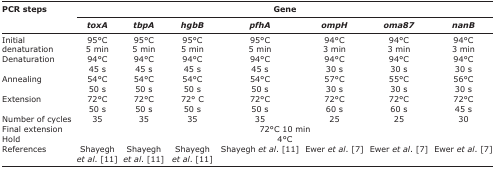
<table><thead><tr><td rowspan="3"><b>PCR steps</b></td><td colspan="7"><b>Gene</b></td></tr><tr><td><b><i>toxA</i></b></td><td><b><i>tbpA</i></b></td><td><b><i>hgbB</i></b></td><td><b><i>pfhA</i></b></td><td><b><i>ompH</i></b></td><td><b><i>oma87</i></b></td><td><b><i>nanB</i></b></td></tr></thead><tbody><tr><td>Initial denaturation</td><td>95°C 5 min</td><td>95°C 5 min</td><td>95°C 5 min</td><td>95°C 5 min</td><td>94°C 3 min</td><td>94°C 3 min</td><td>94°C 3 min</td></tr><tr><td>Denaturation</td><td>94°C 45 s</td><td>94°C 45 s</td><td>94°C 45 s</td><td>94°C 45 s</td><td>94°C 30 s</td><td>94°C 30 s</td><td>94°C 30 s</td></tr><tr><td>Annealing</td><td>54°C 50 s</td><td>54°C 50 s</td><td>54°C 50 s</td><td>54°C 50 s</td><td>57°C 30 s</td><td>55°C 30 s</td><td>56°C 30 s</td></tr><tr><td>Extension</td><td>72°C 50 s</td><td>72°C 50 s</td><td>72° C 50 s</td><td>72°C 50 s</td><td>72°C 60 s</td><td>72°C 60 s</td><td>72°C 45 s</td></tr><tr><td>Number of cycles</td><td>35</td><td>35</td><td>35</td><td>35</td><td>25</td><td>25</td><td>30</td></tr><tr><td>Final extension</td><td colspan="7">72°C 10 min</td></tr><tr><td>Hold</td><td colspan="7">4°C</td></tr><tr><td>References</td><td>Shayegh <i>et al</i>. [11]</td><td>Shayegh <i>et al</i>. [11]</td><td>Shayegh <i>et al</i>. [11]</td><td>Shayegh <i>et al</i>. [11]</td><td>Ewer <i>et al</i>. [7]</td><td>Ewer <i>et al</i>. [7]</td><td>Ewer <i>et al</i>. [7]</td></tr></tbody></table>